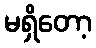
မရှိတော့